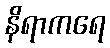
နိရာကရေ